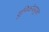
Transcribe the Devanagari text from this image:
युनिकोडयुक्त